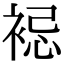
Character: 𧚈